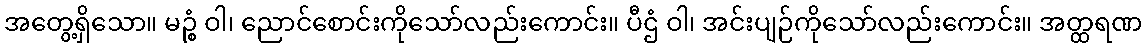
အတွေ့ရှိသော။ မဉ္စံ ဝါ၊ ညောင်စောင်းကိုသော်လည်းကောင်း။ ပီဌံ ဝါ၊ အင်းပျဉ်ကိုသော်လည်းကောင်း။ အတ္ထရဏ